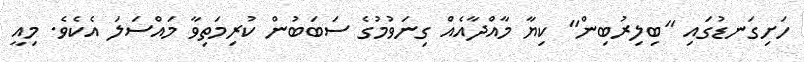
ހަށިގަނޑުގައި "ބިލިރުބިން" ކިޔާ މާއްދާއެއް ގިނަވުމުގެ ސަބަބުން ކުރިމަތިވާ މައްސަލަ އެކެވެ. މިއީ